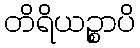
တိရိယဉ္စာပိ